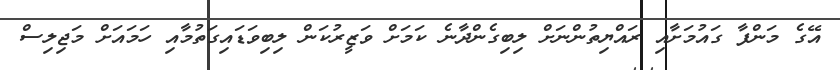
އޭގެ މަންފާ ގައުމަށާއި ރައްޔިތުންނަށް ލިބިގެންދާނެ ކަމަށް ވަޒީރުކަން ލިބިވަޑައިގަތުމާއި ހަމައަށް މަޖިލިސް